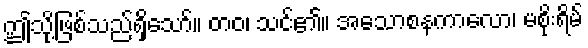
ဤသို့ဖြစ်သည်ရှိသော်။ တဝ၊ သင်၏။ အသောစနကာလော၊ မစိုးရိမ်